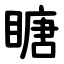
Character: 瞊